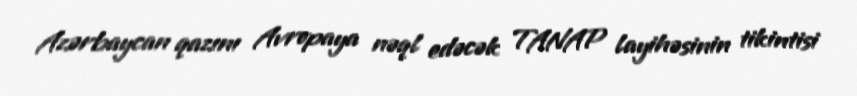
Azərbaycan qazını Avropaya nəql edəcək TANAP layihəsinin tikintisi